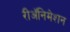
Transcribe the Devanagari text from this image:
रीअॅनिमेशन